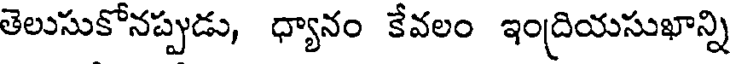
తెలుసుకోనప్పుడు, ధ్యానం కేవలం ఇంద్రియసుఖాన్ని